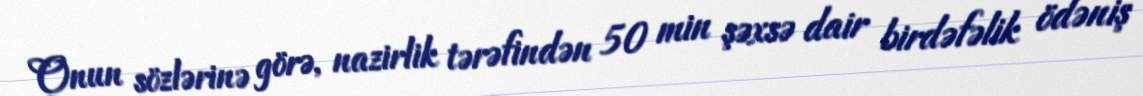
Onun sözlərinə görə, nazirlik tərəfindən 50 min şəxsə dair birdəfəlik ödəniş